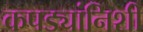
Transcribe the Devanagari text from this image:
कपड्यांनिशी